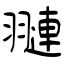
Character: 翴